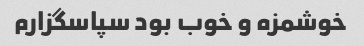
خوشمزه و خوب بود سپاسگزارم